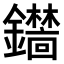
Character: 𫓞